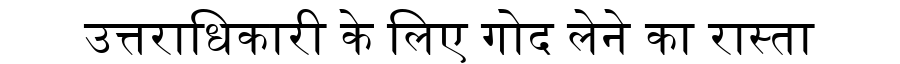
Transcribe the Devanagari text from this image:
उत्तराधिकारी के लिए गोद लेने का रास्ता